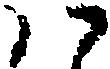
ハ